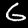
Digit: 6